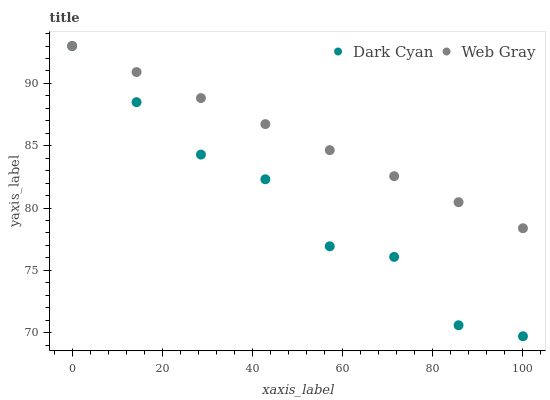
| xaxis_label | Dark Cyan | Web Gray |
 | --- | --- | --- |
 | 0 | 93 | 93 |
 | 14.3 | 88.5 | 90.9 |
 | 28.6 | 84.3 | 88.8 |
 | 42.9 | 82.3 | 86.7 |
 | 57.1 | 76.9 | 84.6 |
 | 71.4 | 76.1 | 82.6 |
 | 85.7 | 70.6 | 80.5 |
 | 100 | 69.7 | 78.4 |